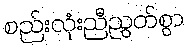
စည်းလုံးညီညွတ်စွာ